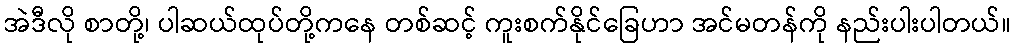
အဲဒီလို စာတို့၊ ပါဆယ်ထုပ်တို့ကနေ တစ်ဆင့် ကူးစက်နိုင်ခြေဟာ အင်မတန်ကို နည်းပါးပါတယ်။